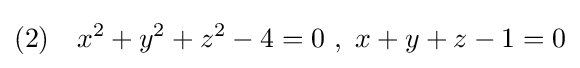
(2)\quad x^{2}+y^{2}+z^{2}-4=0\ ,\ x+y+z-1=0